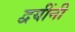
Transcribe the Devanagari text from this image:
द्वयींनी